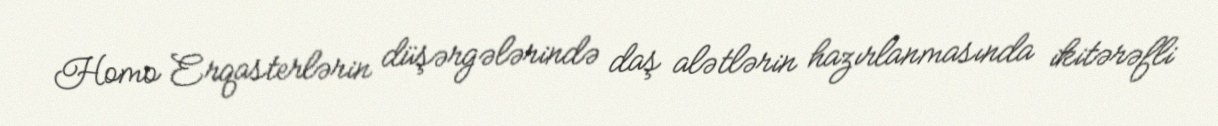
Homo Erqasterlərin düşərgələrində daş alətlərin hazırlanmasında ikitərəfli